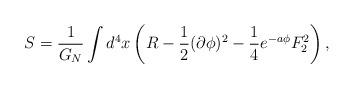
LaTeX: \begin{align*}S={1\over G_N} \int d^4x \left( R -{1\over 2}(\partial\phi)^2 - {1\over4}e^{-a\phi} F_2^2 \right),\end{align*}